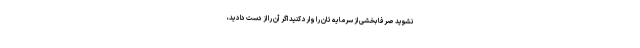
نشوید صرفا بخشی از سرمایه تان را وارد کنید اگر آن را از دست دادید،